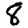
Digit: 8